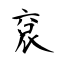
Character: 袞